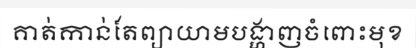
គាត់កាន់តែព្យាយាមបង្ហាញចំពោះមុខ